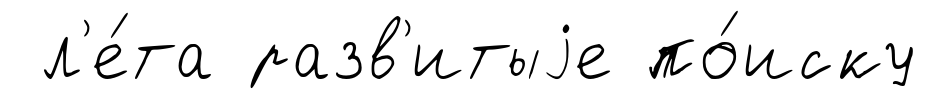
л'е́та разв'итыjе по́иску